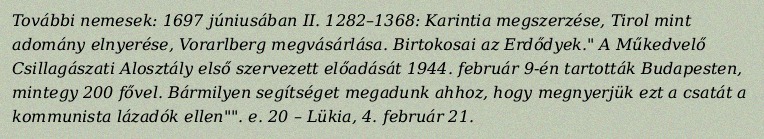
További nemesek: 1697 júniusában II. 1282–1368: Karintia megszerzése, Tirol mint adomány elnyerése, Vorarlberg megvásárlása. Birtokosai az Erdődyek." A Műkedvelő Csillagászati Alosztály első szervezett előadását 1944. február 9-én tartották Budapesten, mintegy 200 fővel. Bármilyen segítséget megadunk ahhoz, hogy megnyerjük ezt a csatát a kommunista lázadók ellen"". e. 20 – Lükia, 4. február 21.